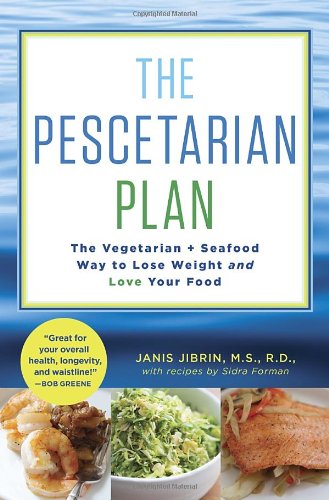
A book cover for The Pescetarian Plan: The Vegetarian + Seafood Way to Lose Weight and Love Your Food; Janis Jibrin; Cookbooks, Food & Wine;